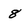
Character: 8